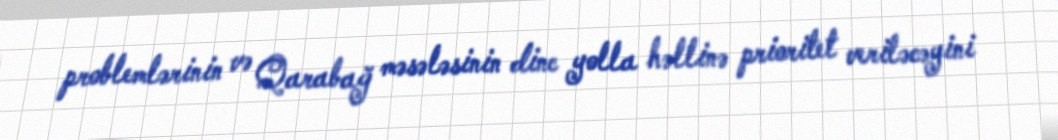
problemlərinin və Qarabağ məsələsinin dinc yolla həllinə prioritet veriləcəyini